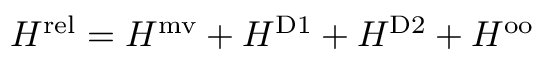
H ^ { \mathrm { r e l } } = H ^ { \mathrm { m v } } + H ^ { \mathrm { D 1 } } + H ^ { \mathrm { D 2 } } + H ^ { \mathrm { o o } }